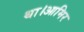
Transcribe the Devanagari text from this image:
था।आमिर